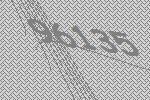
96135